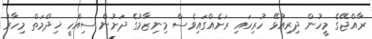
ރާއްޖޭގެ މީހުން ދިރިއުޅޭ ހުރިހައި ރަށެއްގައިވެސް މިނިޒާމުގެ ދަށުން ސިއްހީ ޚިދްމަތް މިހާރު